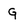
Character: G